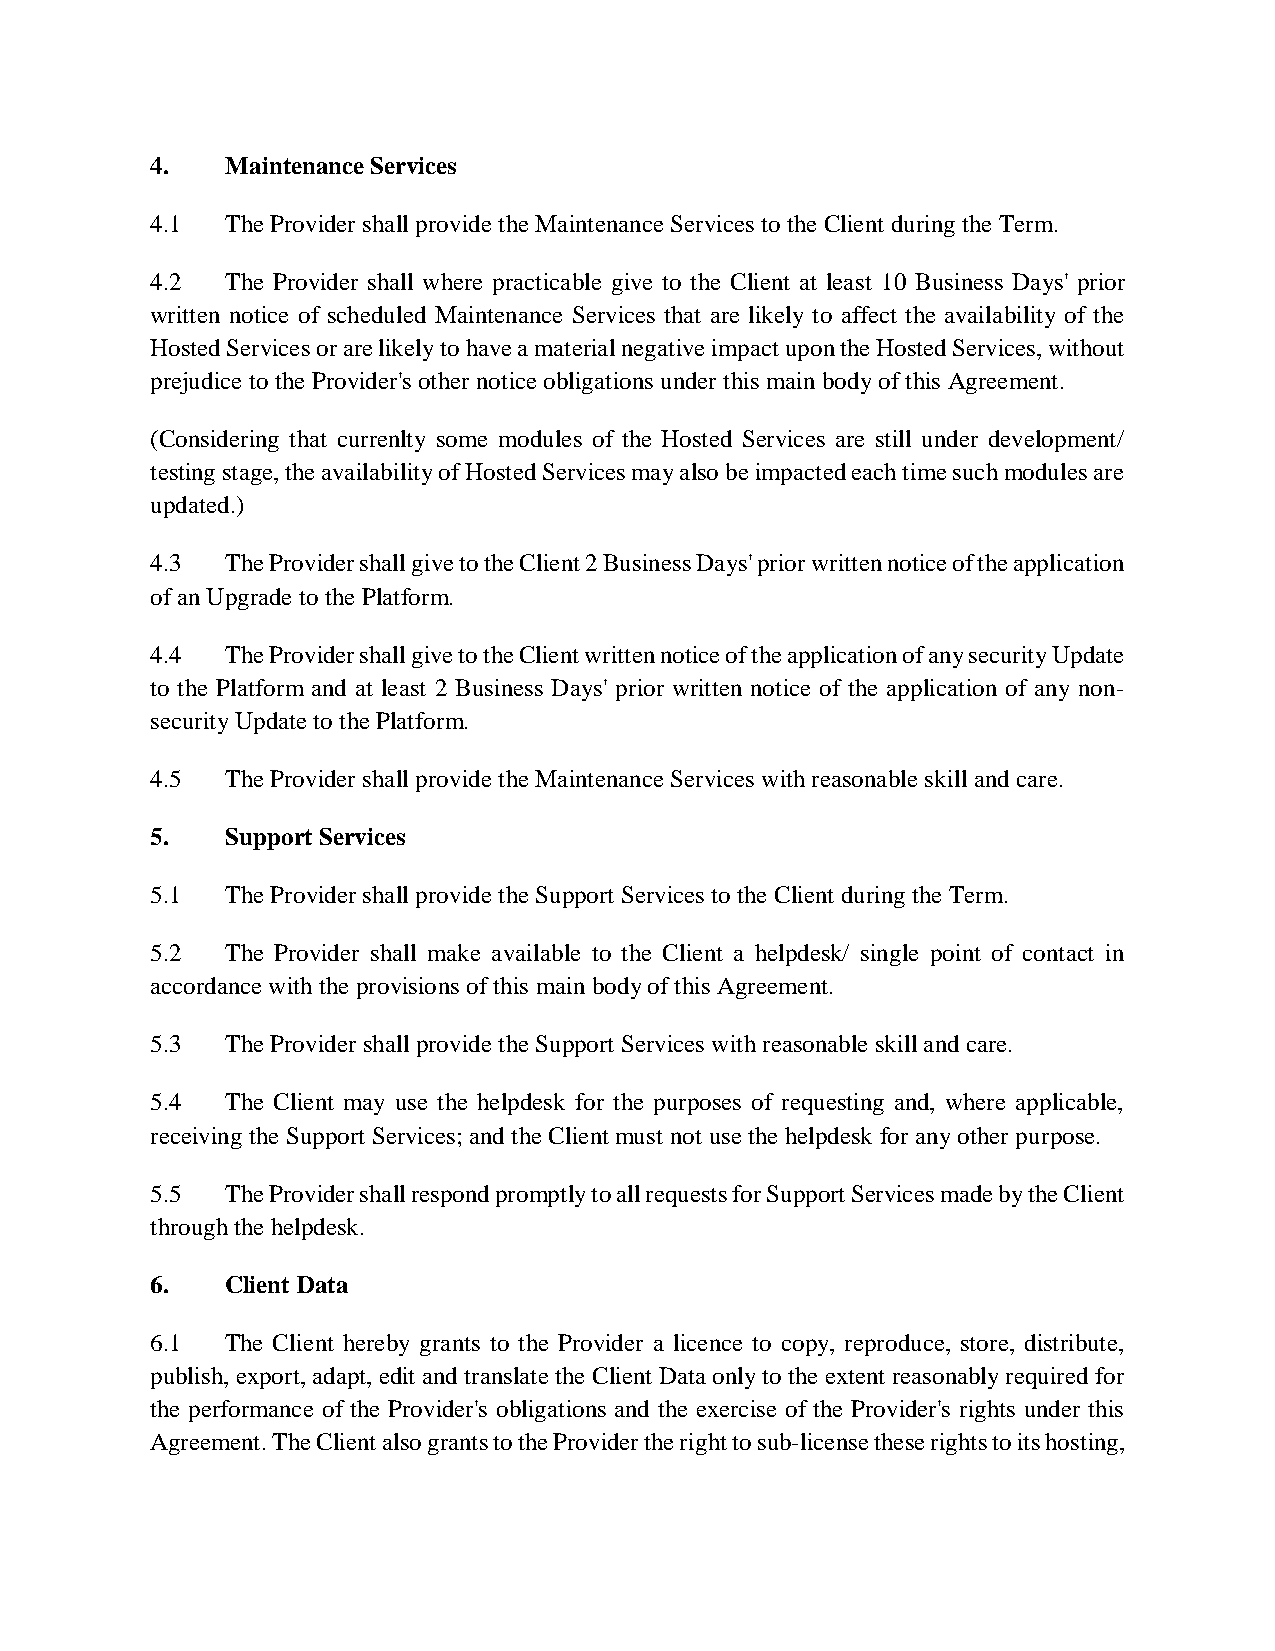
4.   Maintenance Services
 4.1  The Provider shall provide the Maintenance Services to the Client during the Term.
 4.2  The Provider shall where practicable give to the Client at least 10 Business Days' prior
 written notice of scheduled Maintenance Services that are likely to affect the availability of the
 Hosted Services or are likely to have a material negative impact upon the Hosted Services, without
 prejudice to the Provider's other notice obligations under this main body of this Agreement.
 (Considering that currenlty some modules of the Hosted Services are still under development/
 testing stage, the availability of Hosted Services may also be impacted each time such modules are
 updated.)
 4.3  The Provider shall give to the Client 2 Business Days' prior written notice of the application
 of an Upgrade to the Platform.
 4.4  The Provider shall give to the Client written notice of the application of any security Update
 to the Platform and at least 2 Business Days' prior written notice of the application of any non-
 security Update to the Platform.
 4.5  The Provider shall provide the Maintenance Services with reasonable skill and care.
 5.   Support Services
 5.1  The Provider shall provide the Support Services to the Client during the Term.
 5.2  The Provider shall make available to the Client a helpdesk/ single point of contact in
 accordance with the provisions of this main body of this Agreement.
 5.3  The Provider shall provide the Support Services with reasonable skill and care.
 5.4  The Client may use the helpdesk for the purposes of requesting and, where applicable,
 receiving the Support Services; and the Client must not use the helpdesk for any other purpose.
 5.5  The Provider shall respond promptly to all requests for Support Services made by the Client
 through the helpdesk.
 6.   Client Data
 6.1  The Client hereby grants to the Provider a licence to copy, reproduce, store, distribute,
 publish, export, adapt, edit and translate the Client Data only to the extent reasonably required for
 the performance of the Provider's obligations and the exercise of the Provider's rights under this
 Agreement. The Client also grants to the Provider the right to sub-license these rights to its hosting,